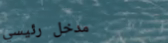
مدخل رئيسي